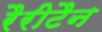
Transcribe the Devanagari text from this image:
रैरीटैन